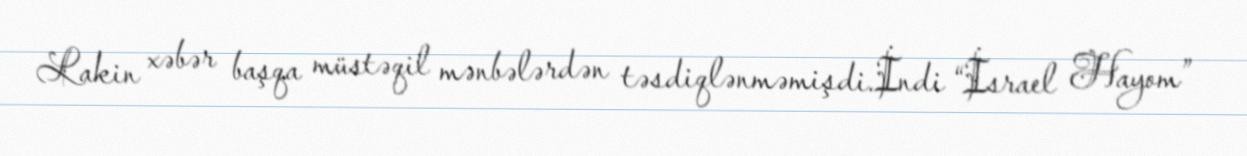
Lakin xəbər başqa müstəqil mənbələrdən təsdiqlənməmişdi.İndi “İsrael Hayom”